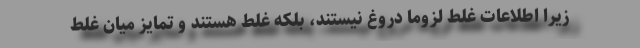
زیرا اطلاعات غلط لزوماً دروغ نیستند، بلکه غلط هستند و تمایز میان غلط